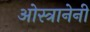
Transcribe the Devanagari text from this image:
ओस्त्रानेनी